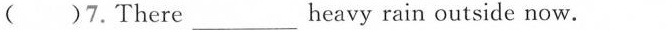
( )7.There___heavy rain outside now.